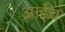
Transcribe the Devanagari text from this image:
आईचं